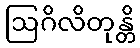
ဩဂိလိတုန္တိ